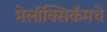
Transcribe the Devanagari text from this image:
मेलॉक्सिकॅमचे